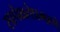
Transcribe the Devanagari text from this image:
सापेक्षतेप्रमाणे